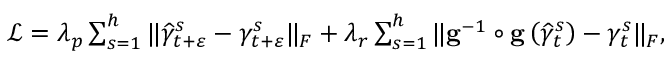
\begin{array} { r } { \mathcal { L } = \lambda _ { p } \sum _ { s = 1 } ^ { h } \Vert \widehat { \gamma } _ { t + \varepsilon } ^ { s } - \gamma _ { t + \varepsilon } ^ { s } \Vert _ { F } + \lambda _ { r } \sum _ { s = 1 } ^ { h } \Vert \mathbf { g } ^ { - 1 } \circ \mathbf { g } \left( \widehat { \gamma } _ { t } ^ { s } \right) - \gamma _ { t } ^ { s } \Vert _ { F } , } \end{array}